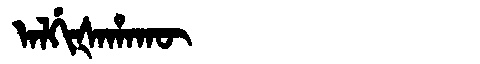
Manchu: ᠠᠯᡤᡳᡧᠠᡥᠠᡴᡡ
Romanization: ALGIŠAHAKŪ